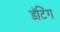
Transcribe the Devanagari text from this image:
डॅटिंग